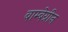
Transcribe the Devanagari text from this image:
बाम्बेग्रीन